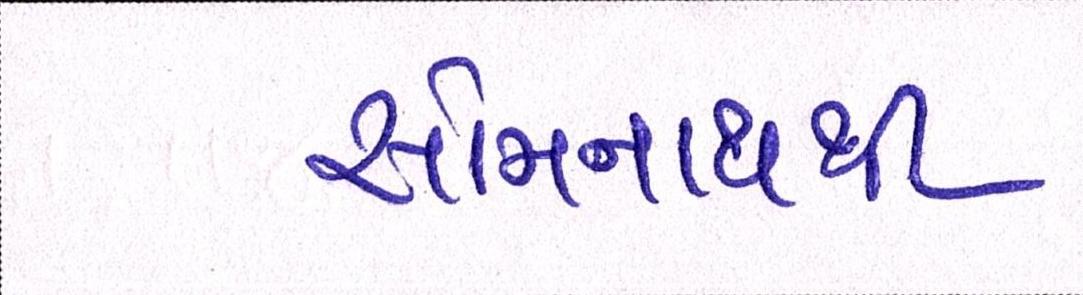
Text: સોમનાથથી